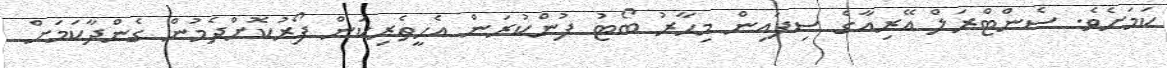
ކަމަށެވެ. ސެންޓްރަލް އޭރިއާގެ ސިފައިން މިހާރު ބޯޓު ފުންކުރަން އެހީތެރިކަން ފޯރުކޮށްދެމުން ގެންދާކަމަށް